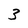
Character: 3